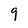
Character: 9